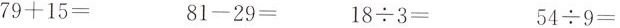
$$79+15=$$ $$81-29=$$ $$18\div3=$$ $$54\div9=$$